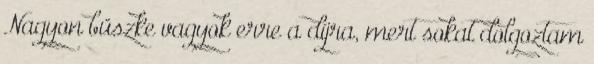
Nagyon büszke vagyok erre a díjra, mert sokat dolgoztam